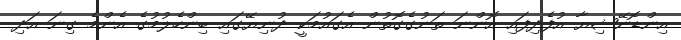
އިންޑޮނޭޝިޔާ އުފެދިފައި އޮންނަ ތަނުގެގޮތުން އެގައުމަކީ ދުނިޔޭގައި ބިންހެލުމުގެ އެންމެ ގިނަ އަދި